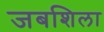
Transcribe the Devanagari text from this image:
जबशिला